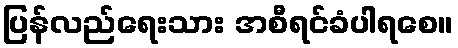
ပြန်လည်ရေးသား အစီရင်ခံပါရစေ။